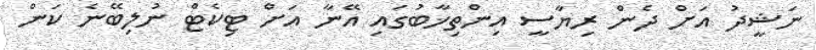
ނަޝީދު އަށް ދެން ރިޔާސީ އިންތިޚާބުގައި އޭނާ އަށް ޓިކެޓް ނުލިބޭނެ ކަން